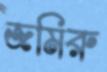
জমিরু